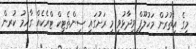
މީގެ އިތުރުން މަހުލޫފް ވިދާޅުވީ މި ރަށުގައި ސިންތެޓިކް ޓްރެކެއް ގާއިމު ކުރން